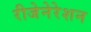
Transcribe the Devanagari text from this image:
रीजेनेरेशन